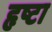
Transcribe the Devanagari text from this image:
हृष्टा